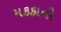
મકકાની